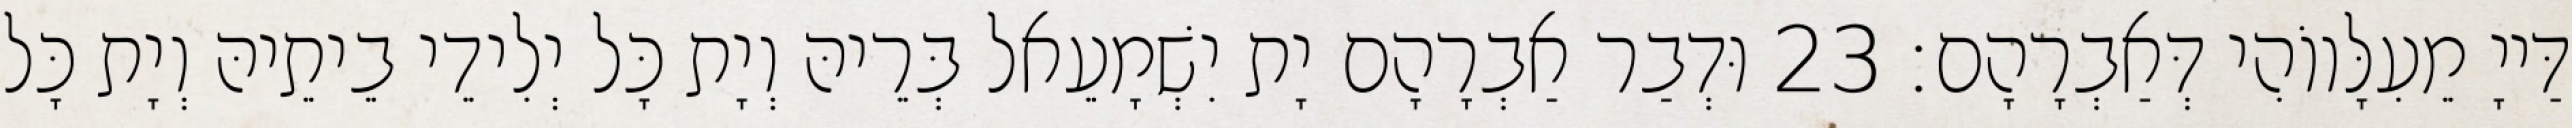
דַּייָ מֵעִלָּווֹהִי דְּאַבְרָהָם׃ 23 וּדְבַר אַבְרָהָם יָת יִשְׁמָעֵאל בְּרֵיהּ וְיָת כָּל יְלִידֵי בֵיתֵיהּ וְיָת כָּל